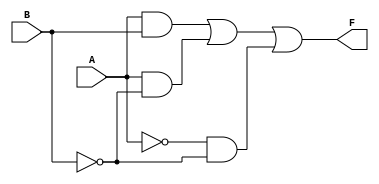
module two_variable_kmap (
    input wire A,     // 1-bit input A
    input wire B,     // 1-bit input B
    output wire F     // 1-bit output F
);

// Internal logic for the K-map
// Assuming the following assignments based on the example provided:
// m0 = 1 (A = 0, B = 0)
// m1 = 0 (A = 0, B = 1)
// m2 = 1 (A = 1, B = 0)
// m3 = 1 (A = 1, B = 1)

assign F = (A & B) | (A & ~B) | (~A & ~B);

endmodule